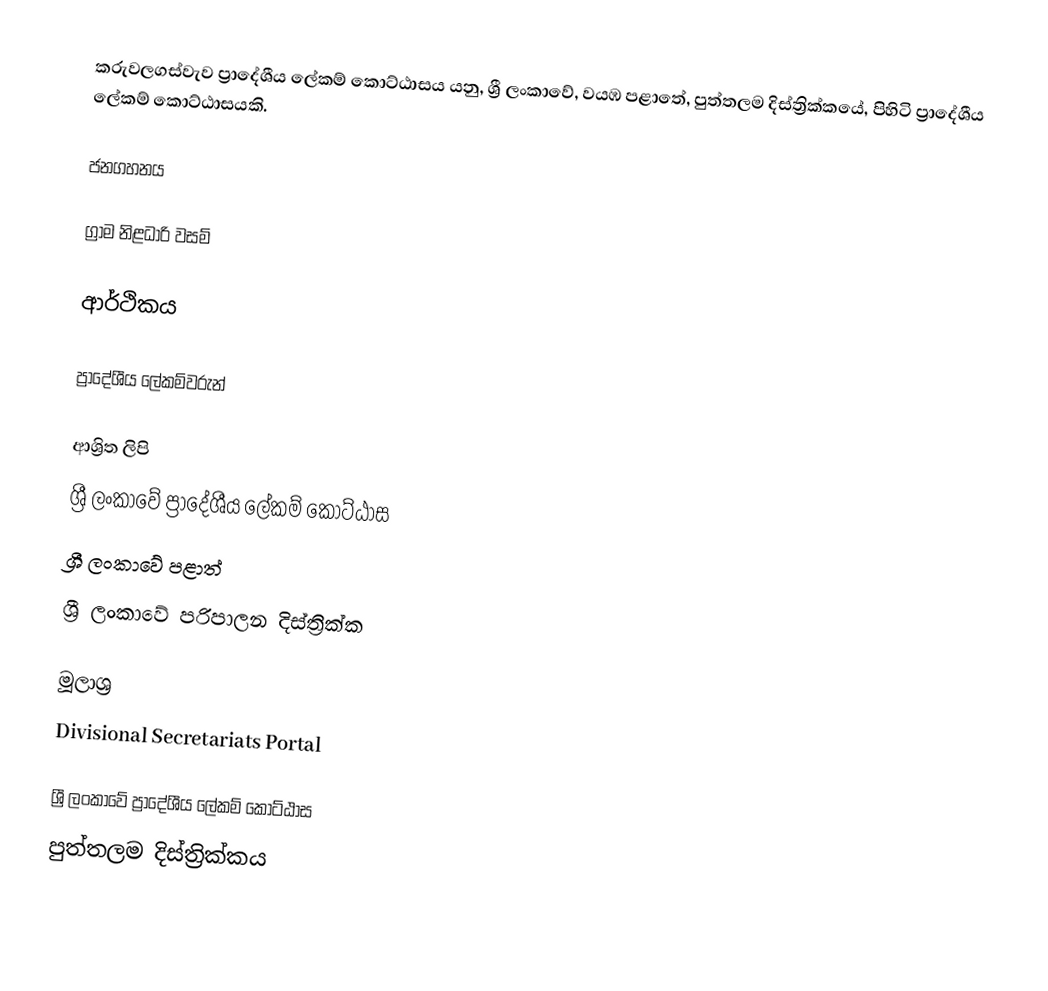
කරුවලගස්වැව ප්‍රාදේශීය ලේකම් කොට්ඨාසය යනු,  ශ්‍රී ලංකාවේ, වයඹ පළාතේ,   පුත්තලම දිස්ත්‍රික්කයේ, පිහිටි ප්‍රාදේශීය ලේකම් කොට්ඨාසයකි.

ජනගහනය

ග්‍රාම නිළධාරි වසම්

ආර්ථිකය

ප්‍රාදේශීය ලේකම්වරුන්

ආශ්‍රිත ලිපි
ශ්‍රී ලංකාවේ ප්‍රාදේශීය ලේකම් කොට්ඨාස
ශ්‍රී ලංකාවේ පළාත්
ශ්‍රී ලංකාවේ පරිපාලන දිස්ත්‍රික්ක

මූලාශ්‍ර
 Divisional Secretariats Portal

ශ්‍රී ලංකාවේ ප්‍රාදේශීය ලේකම් කොට්ඨාස
පුත්තලම දිස්ත්‍රික්කය